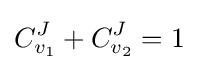
C_{v_{1}}^{J}+C_{v_{2}}^{J}=1